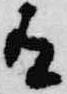
有